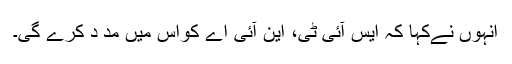
انہوں نےکہا کہ ایس آئی ٹی، این آئی اے کواس میں مد د کرے گی۔